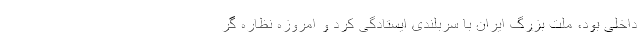
داخلی بود، ملت بزرگ ایران با سربلندی ایستادگی کرد و امروزه نظاره گر